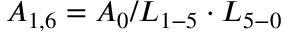
{ A _ { 1 , 6 } } = { A _ { 0 } } / { L _ { 1 - 5 } } \cdot { L _ { 5 - 0 } }